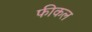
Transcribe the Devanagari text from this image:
फीकल